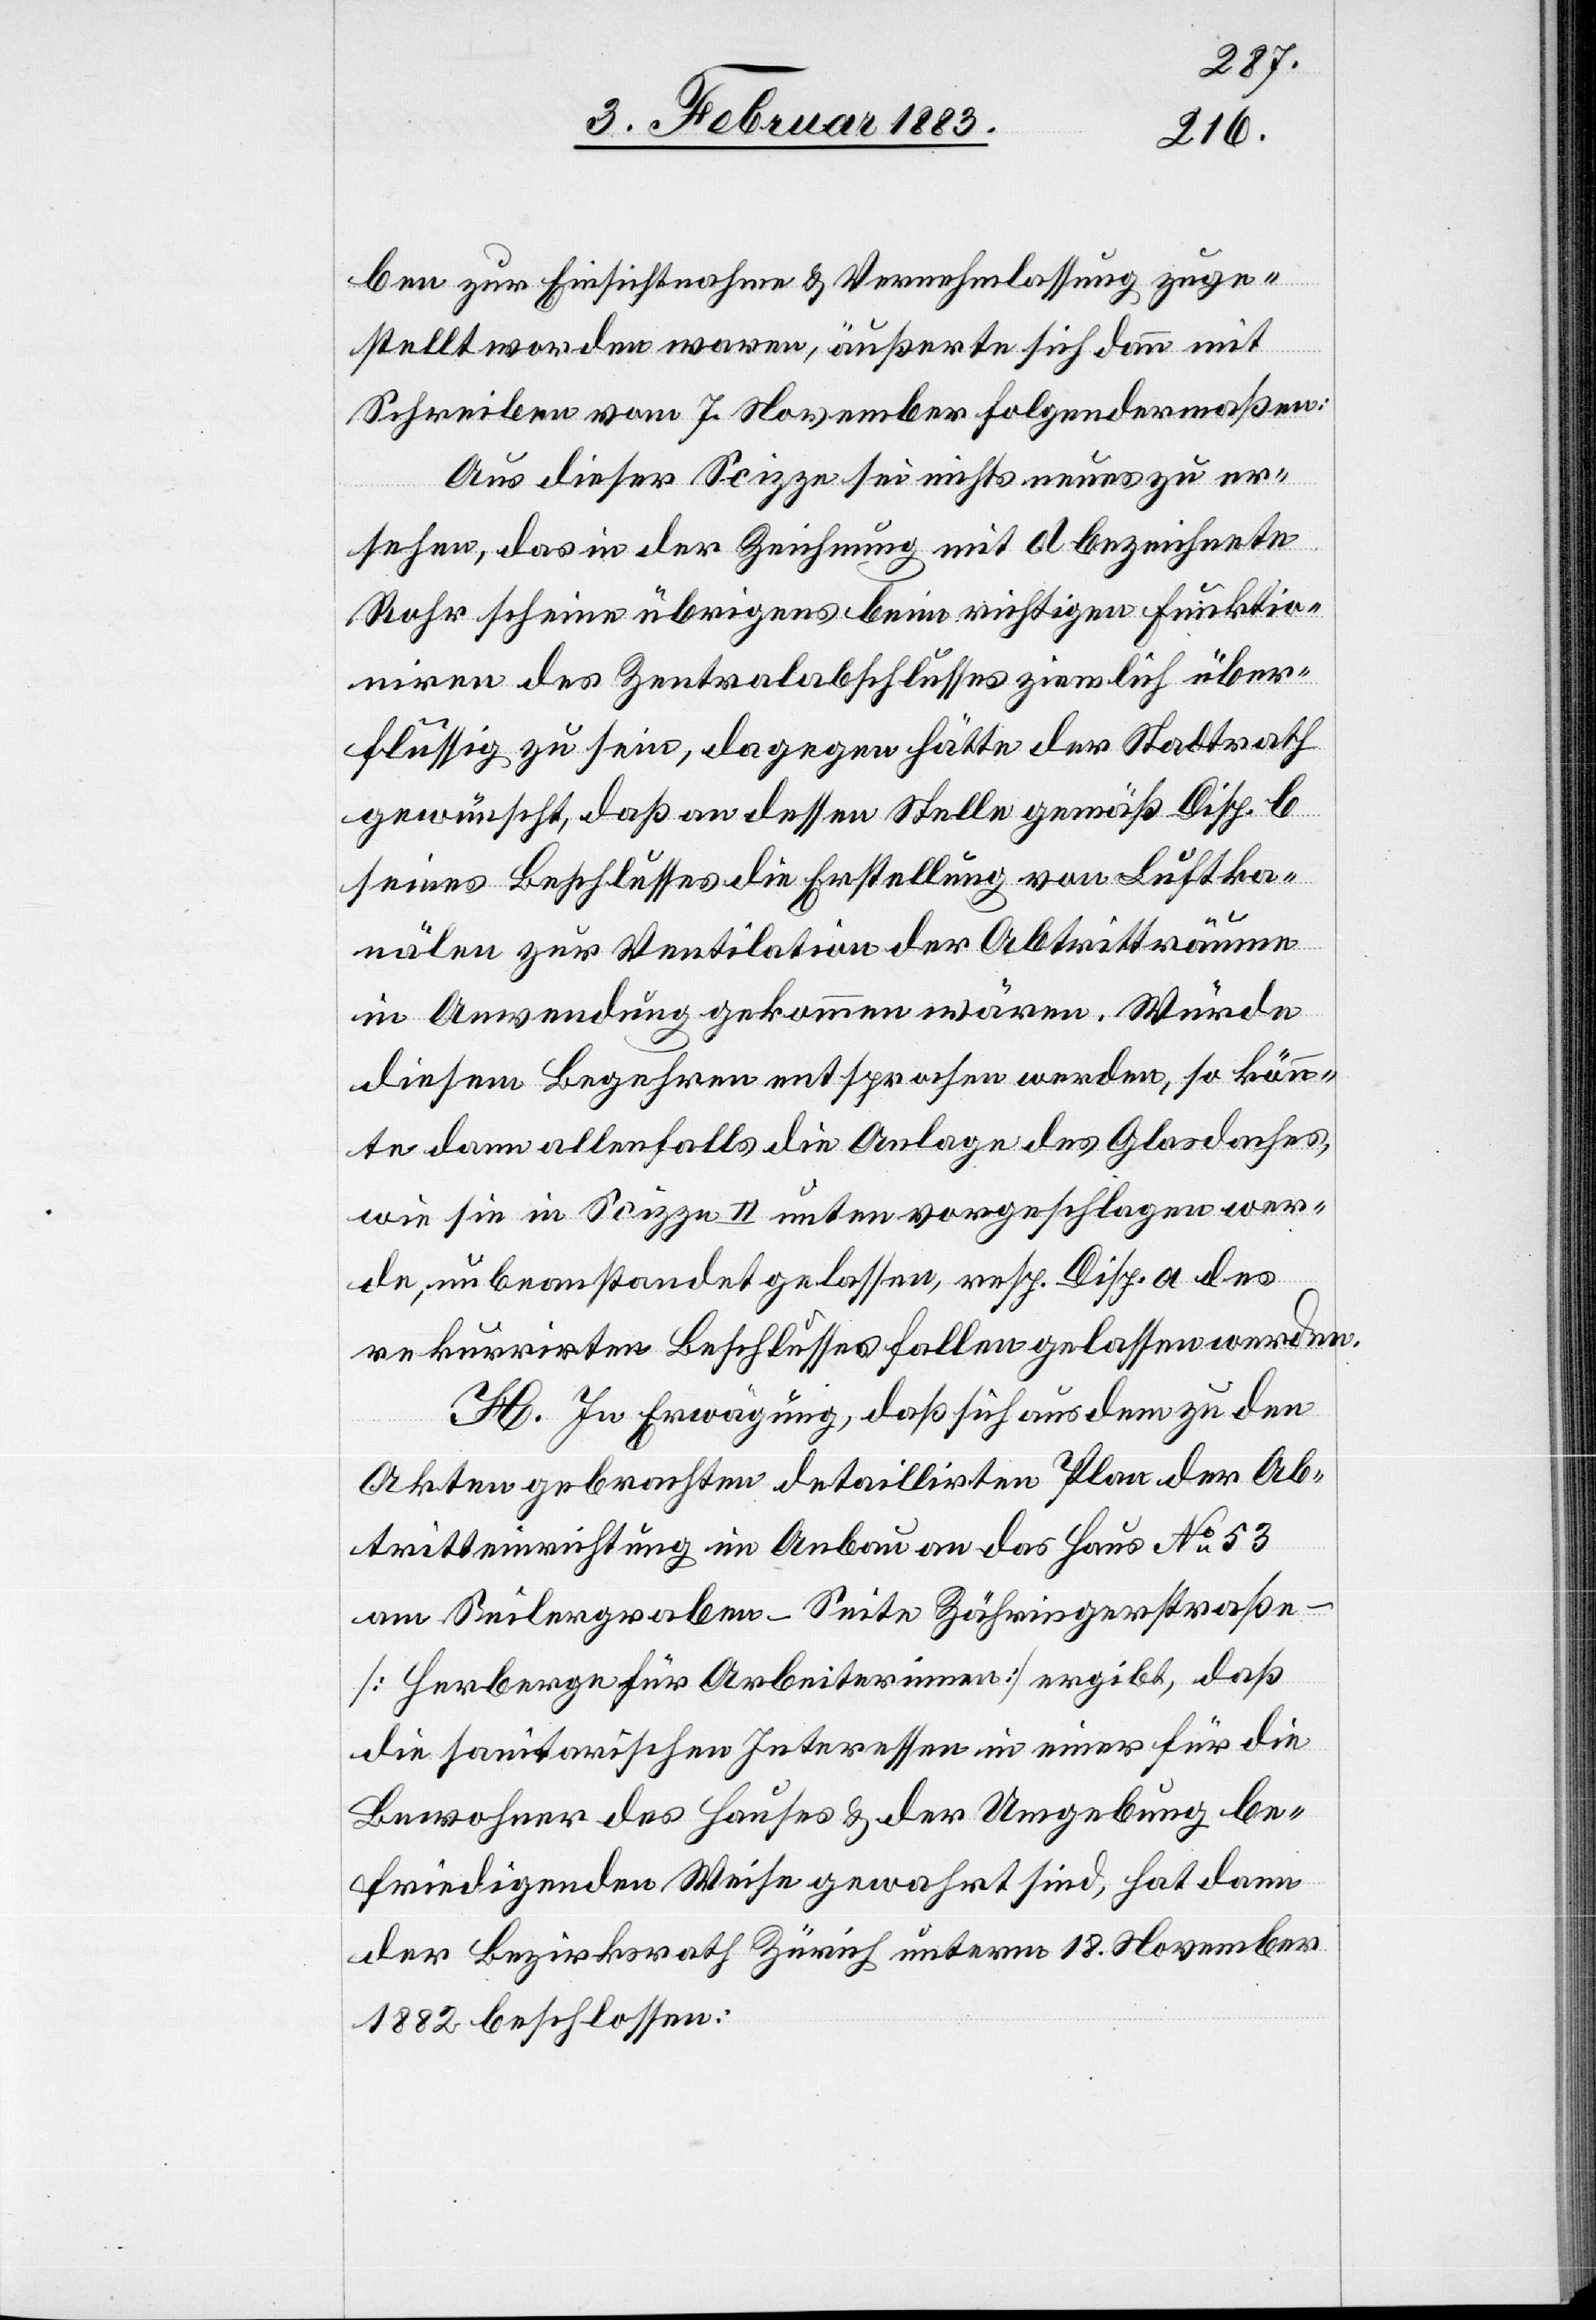
ben zur Einsichtnahme & Vernehmlassung zuge¬
stellt worden waren, äußerte sich dann mit
Schreiben vom 7. November folgendermaßen:
Aus dieser Scizze sei nicht neues zu er¬
sehen, das in der Zeichnung mit d bezeichnete
Rohr scheine übrigens beim richtigen Funktio¬
niren des Zentralverschlusses ziemlich über¬
flüssig zu sein, dagegen hätte der Stadtrath
gewünscht, daß an dessen Stelle gemäß Disp. b
seines Beschlusses die Erstellung von Luftka¬
nälen zur Ventilation der Abtritträume
in Anwendung gekommen wären [sic!]. Würde
diesem Begehren entsprochen werden, so könn¬
te dann allenfalls die Anlage des Glasdaches,
wie sie in Scizze II unten vorgeschlagen wer¬
de, unbeanstandet gelassen, resp. Disp. a des
rekurrirten Beschlusses fallen gelassen werden.
H. In Erwägung, daß sich aus dem zu den
Akten gebrachten detaillirten Plan der Ab¬
tritteinrichtung im Anbau an das Haus No 53
am Seilergraben – Seite Zähringerstraße
[Herberge für Arbeiterinnen] ergibt, daß
die sanitarischen Interessen in einer für die
Bewohner des Hauses & der Umgebung be¬
friedigenden Weise gewahrt sind, hat dann
der Bezirksrath Zürich unterm 18. November
1882 beschlossen: